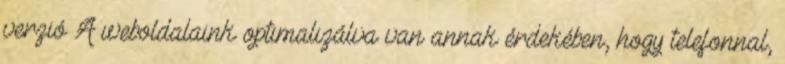
verzió A weboldalaink optimalizálva van annak érdekében, hogy telefonnal,